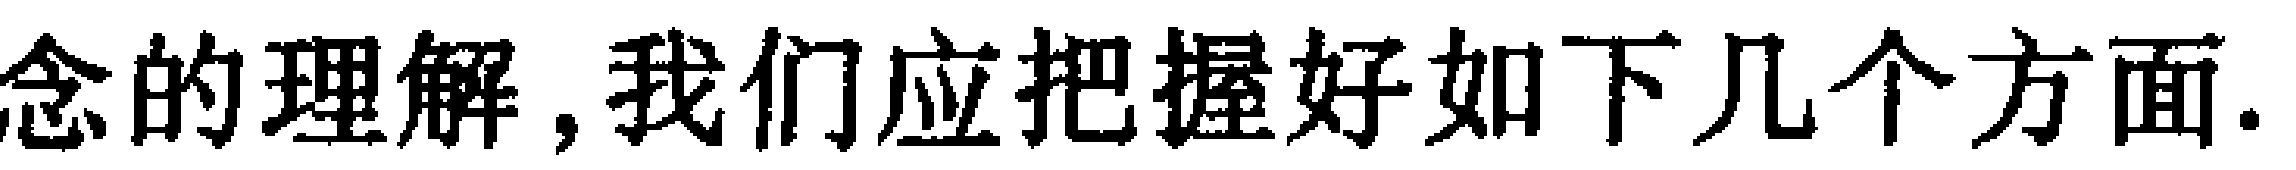
念的理解,我们应把握好如下几个方面.